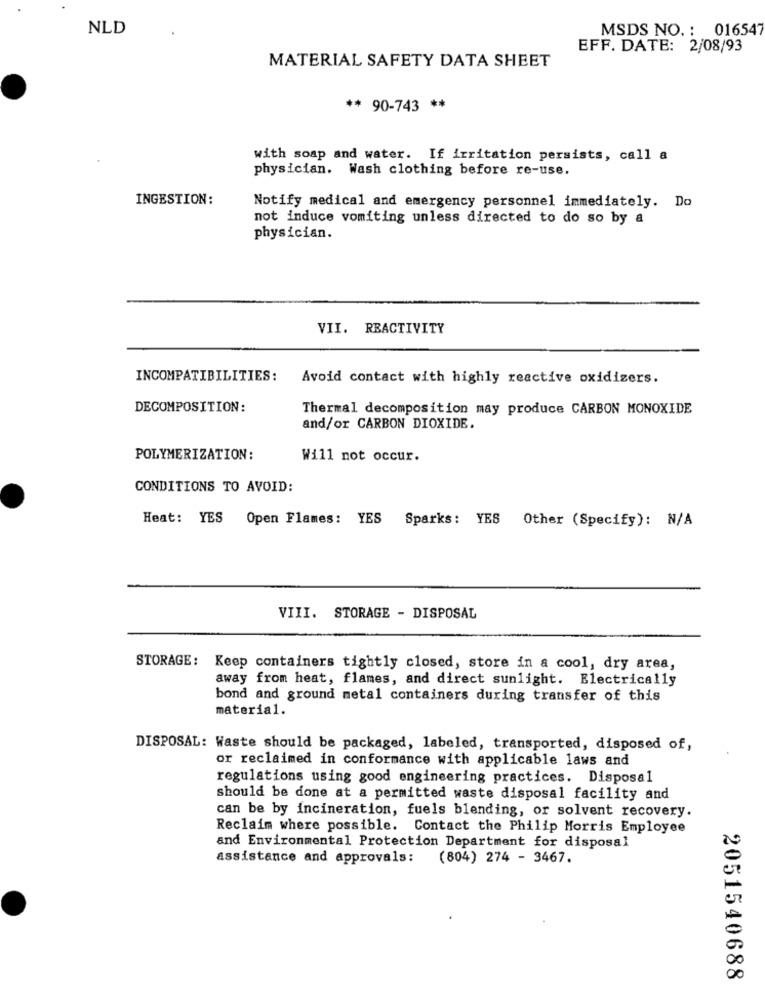
NLD
MSDS NO. : 016547
EFF. DATE: 2/08/93
MATERIAL SAFETY DATA SHEET
** 90-743 **
with soap and water. If irritation persists, call a
physician. Wash clothing before re-use.
INGESTION:
Notify medical and emergency personnel immediately. Do
not induce vomiting unless directed to do so by a
physician.
VII. REACTIVITY
INCOMPATIBILITIES:
Avoid contact with highly reactive oxidizers.
DECOMPOSITION:
Thermal decomposition may produce CARBON MONOXIDE
and/or CARBON DIOXIDE.
POLYMERIZATION:
Will not occur.
CONDITIONS TO AVOID:
Heat: YES Open Flames: YES Sparks: YES Other (Specify): N/A
VIII. STORAGE - DISPOSAL
STORAGE: Keep containers tightly closed, store in a cool, dry area,
away from heat, flames, and direct sunlight. Electrically
bond and ground metal containers during transfer of this
material.
DISPOSAL: Waste should be packaged, labeled, transported, disposed of,
or reclaimed in conformance with applicable laws and
regulations using good engineering practices. Disposal
should be done at a permitted waste disposal facility and
can be by incineration, fuels blending, or solvent recovery.
Reclaim where possible. Contact the Philip Morris Employee
and Environmental Protection Department for disposal
assistance and approvals: (804) 274 - 3467.
2051540688